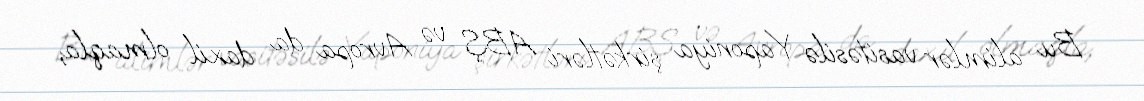
Bu alimlər vasitəsilə Yaponiya şirkətləri ABŞ və Avropa da daxil olmaqla,